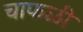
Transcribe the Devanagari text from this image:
चाफळी